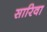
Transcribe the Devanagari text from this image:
सारिवा